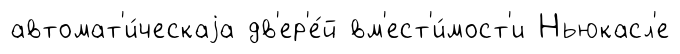
автомат'и́ческаjа дв'ер'е́й вм'ест'и́мост'и Ньюкасл'е